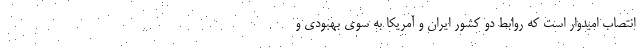
انتصاب امیدوار است که روابط دو کشور ایران و آمریکا به سوی بهبودی و